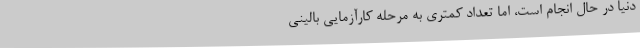
دنیا در حال انجام است، اما تعداد کمتری به مرحله کارآزمایی بالینی